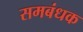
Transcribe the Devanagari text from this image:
समबंधक